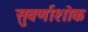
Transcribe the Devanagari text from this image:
सुवर्णाशोक